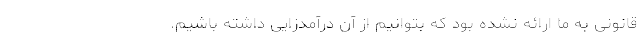
قانونی به ما ارائه نشده بود که بتوانیم از آن درآمدزایی داشته باشیم.